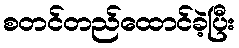
စတင်တည်ထောင်ခဲ့ပြီး